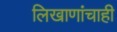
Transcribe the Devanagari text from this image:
लिखाणांचाही